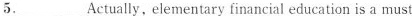
5.___Actually，elementary financial education is a must